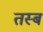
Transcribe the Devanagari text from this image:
तस्ब